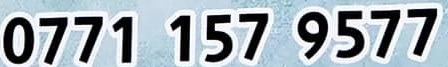
0771 157 9577